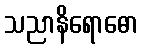
သညာနိရောဓော